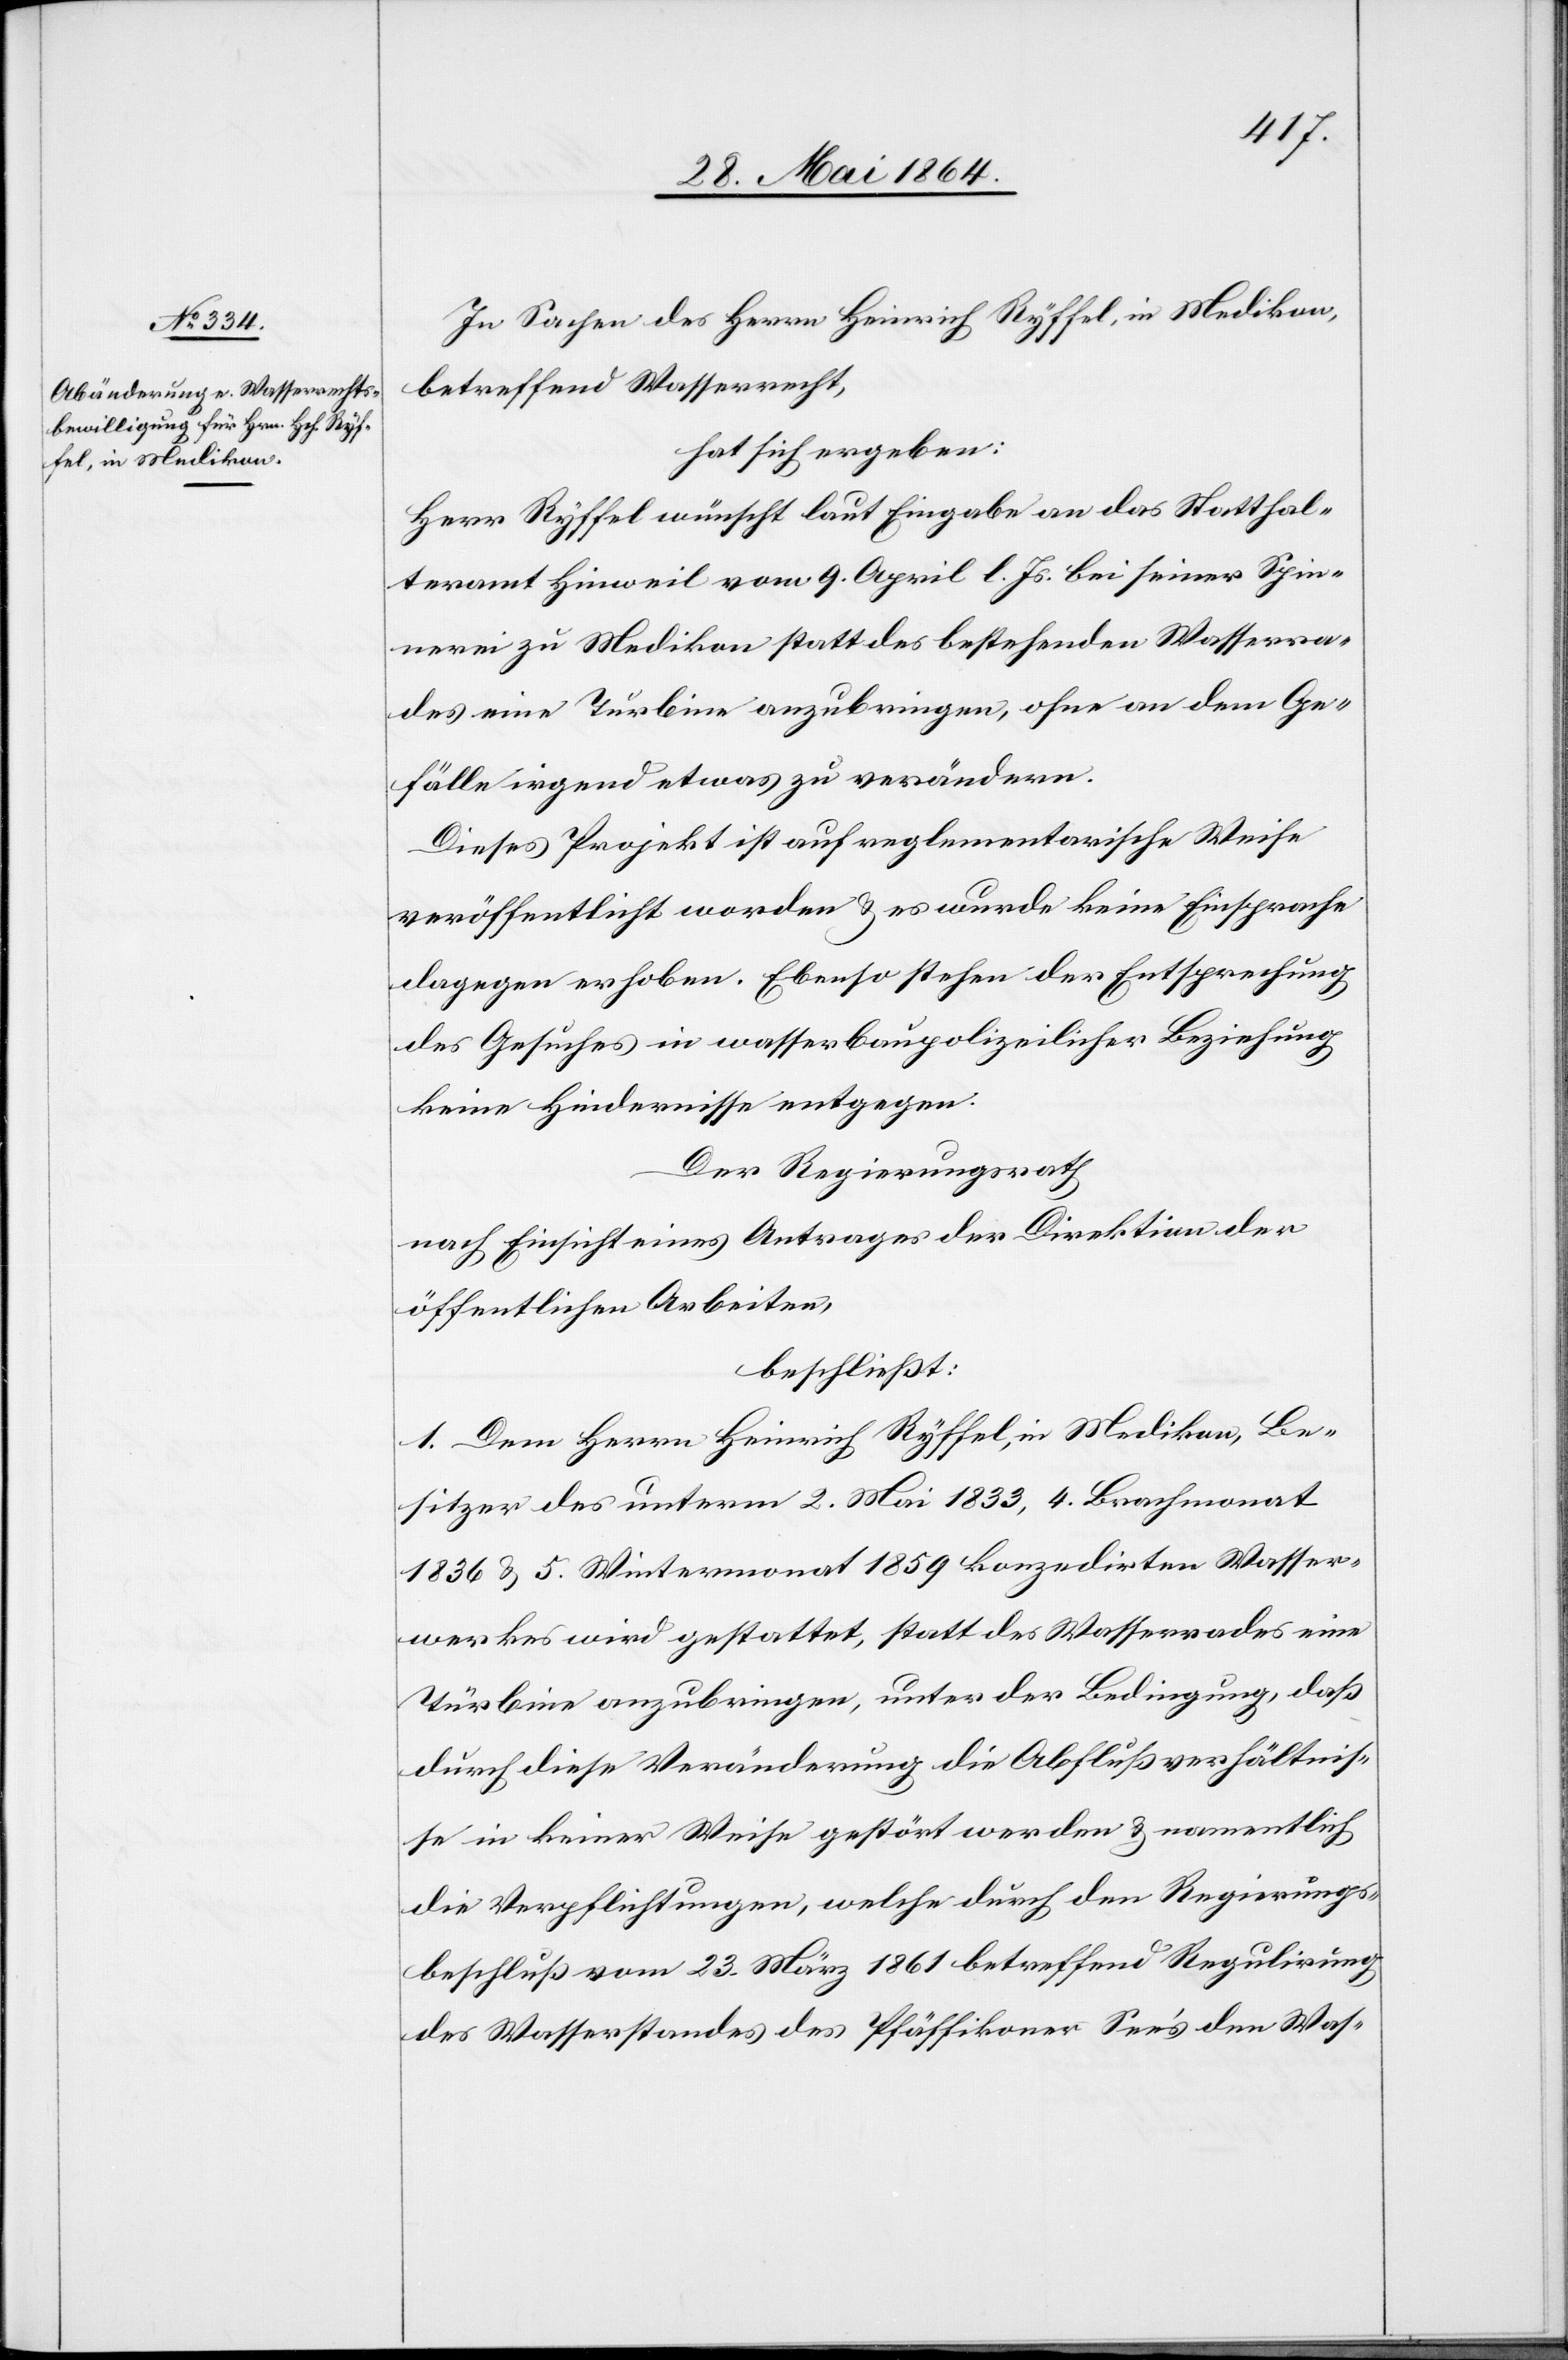
In Sachen des Herrn Heinrich Ryffel, in Medikon,
betreffend Wasserrecht,
hat sich ergeben:
Herr Ryffel wünscht laut Eingabe an das Statthal¬
teramt Hinweil vom 9. April l. Js. bei seiner Spin¬
nerei zu Medikon statt des bestehenden Wasserra¬
des eine Turbine anzubringen, ohne an dem Ge¬
fälle irgend etwas zu verändern.
Dieses Projekt ist auf reglementarische Weise
veröffentlicht worden u. es wurde keine Einsprache
dagegen erhoben. Ebenso stehen der Entsprechung
des Gesuches in wasserbaupolizeilicher Beziehung
keine Hindernisse entgegen.
Der Regierungsrath
nach Einsicht eines Antrages der Direktion der
öffentlichen Arbeiten,
beschließt:
1 Dem Herrn Heinrich Ryffel, in Medikon, Be¬
sitzer des unterm 2. Mai 1833, 4. Brachmonat
1836 u. 5. Wintermonat 1859 konzedirten Wasser¬
werkes wird gestattet, statt des Wasserrades eine
Turbine anzubringen, unter der Bedingung, daß
durch diese Veränderung die Abflußverhältnis¬
se in keiner Weise gestört werden u. namentlich
die Verpflichtungen, welche durch den Regierungs¬
beschluß vom 23. März 1861 betreffend Regulirung
des Wasserstandes des Pfäffikoner See’s den Was-